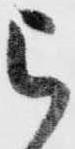
被